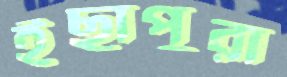
ইছাপুরা